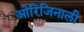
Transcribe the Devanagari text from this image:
ओरिजिनाली